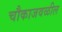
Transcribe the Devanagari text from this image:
चौकाजवळील